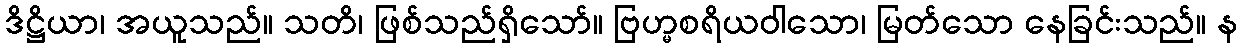
ဒိဋ္ဌိယာ၊ အယူသည်။ သတိ၊ ဖြစ်သည်ရှိသော်။ ဗြဟ္မစရိယဝါသော၊ မြတ်သော နေခြင်းသည်။ န